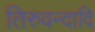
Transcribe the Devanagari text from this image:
तिरुवन्दादि